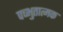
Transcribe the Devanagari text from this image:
पच्भुतात्मक